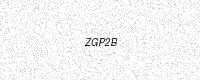
Text: ZGP2B